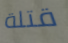
قتلة